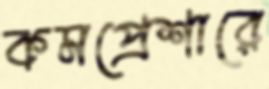
কমপ্রেশারে